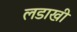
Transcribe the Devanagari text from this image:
लडाखी